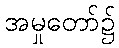
အမှုတော်၌